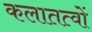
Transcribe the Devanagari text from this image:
कलातत्वों